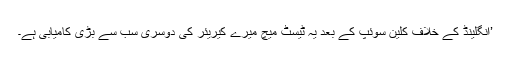
’انگلینڈ کے خلاف کلین سوئپ کے بعد یہ ٹیسٹ میچ میرے کیریئر کی دوسری سب سے بڑی کامیابی ہے۔